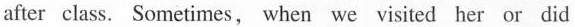
after class. Sometimes, when we visited her or did